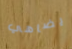
يضاهي